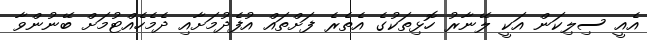
އެއީ ސިލިކަން އަކީ ލޭނާރު ހޮޅިތަކުގެ އެތެރެ ފަށްތައް އުފެދުމަށާއި ދެމެހެއްޓުމަށް ބޭނުންވާ